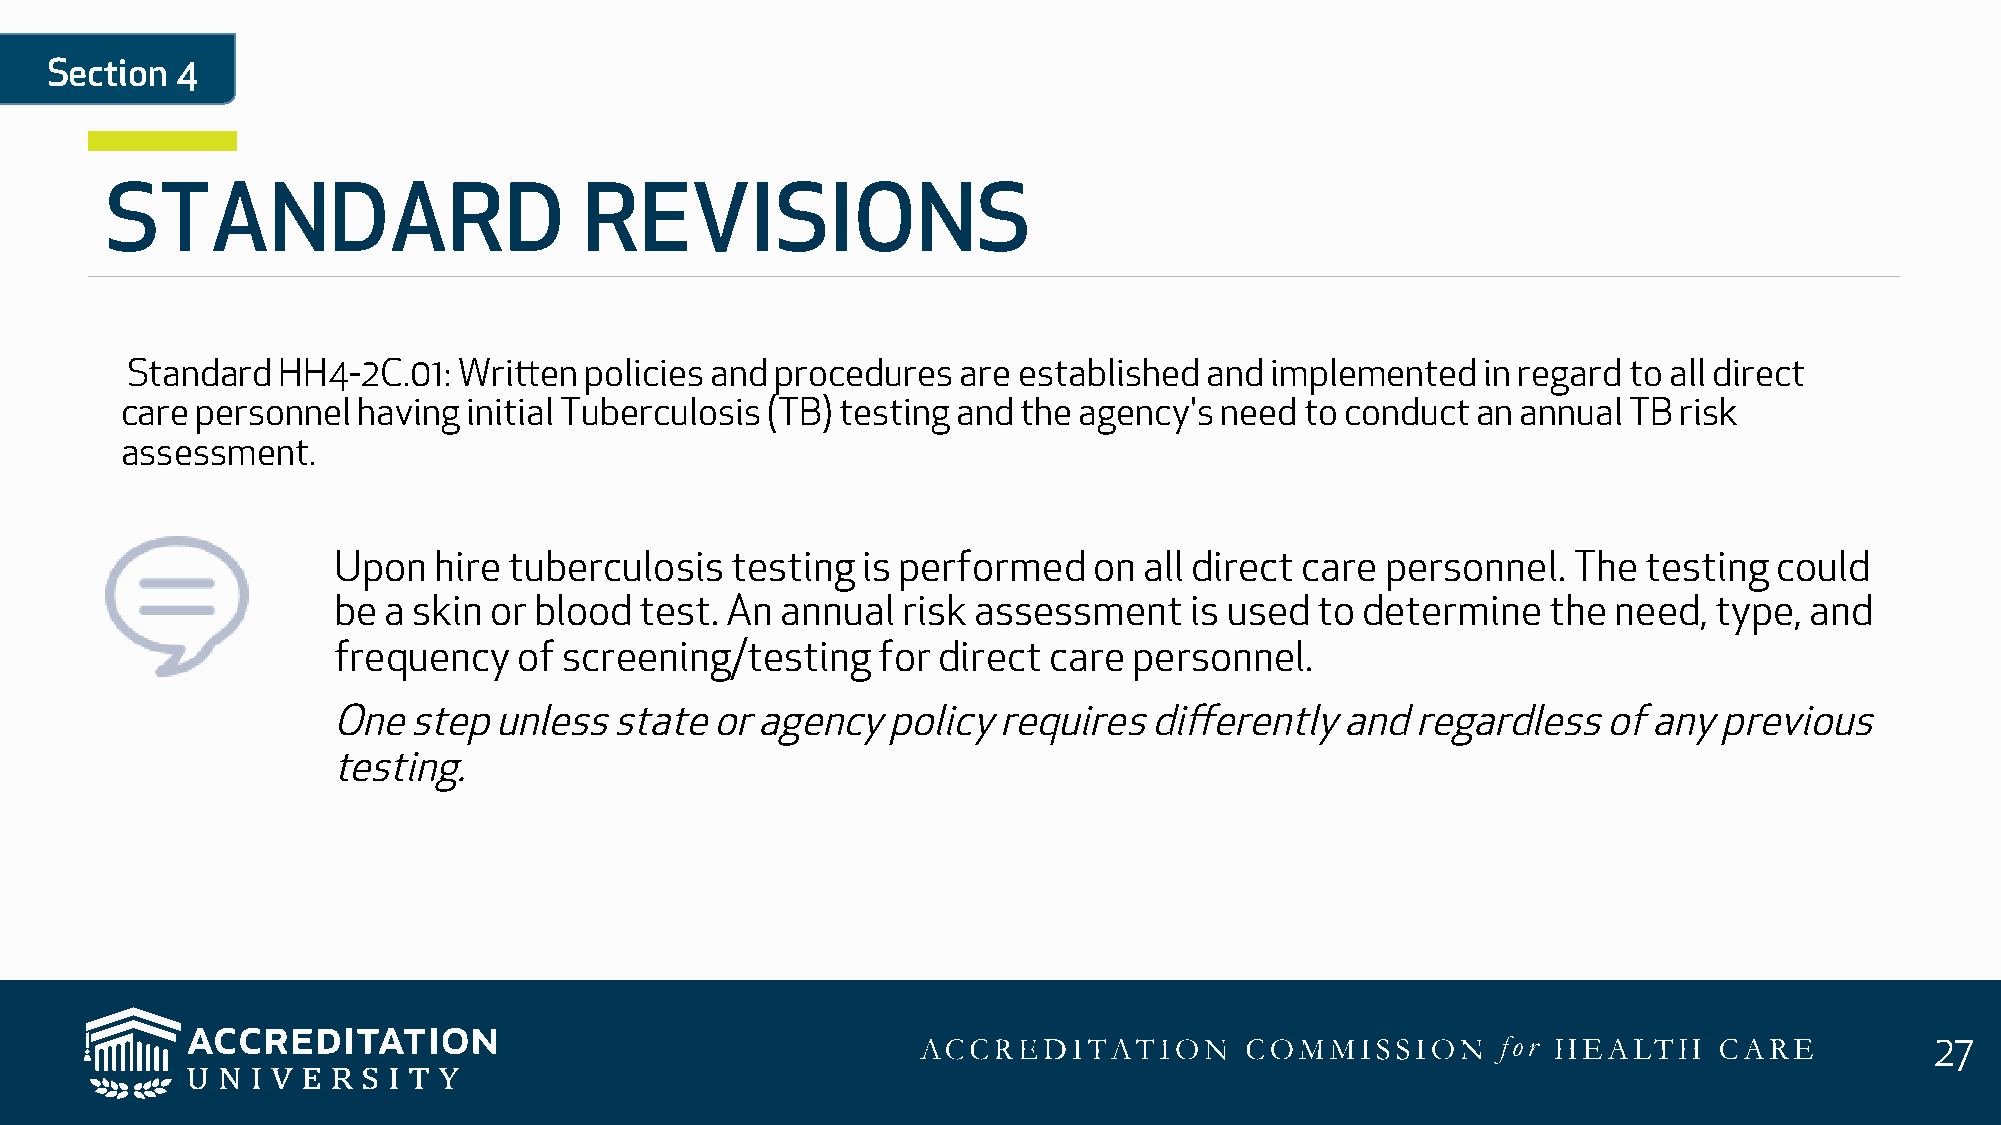
Section  4
 STANDARD                        REVISIONS
 Standard  HH4-2C.01:  Written  policies and procedures  are established and implemented   in regard to all direct
 care personnel  having initial Tuberculosis (TB) testing and the agency's need to conduct an annual TB risk
 assessment.
 Upon   hire tuberculosis  testing  is performed   on  all direct care personnel.  The  testing  could
 be a skin or blood  test. An  annual  risk assessment    is used to determine    the need, type,  and
 frequency   of screening/testing    for direct care  personnel.
 One  step  unless  state or agency   policy requires  differently  and  regardless  of any  previous
 testing.
 27